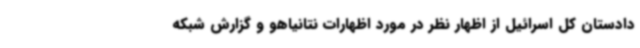
دادستان کل اسرائیل از اظهار نظر در مورد اظهارات نتانیاهو و گزارش شبکه